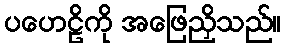
ပဟေဠိကို အဖြေညှိသည်။